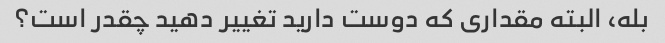
بله، البته مقداری که دوست دارید تغییر دهید چقدر است؟